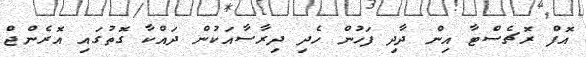
އޮފް ރޮޗެސްޓާ އިން ދާދި ފަހުން ހެދި ދިރާސާއަކުން ދައްކާ ގޮތުގައި އޮރެންޖް